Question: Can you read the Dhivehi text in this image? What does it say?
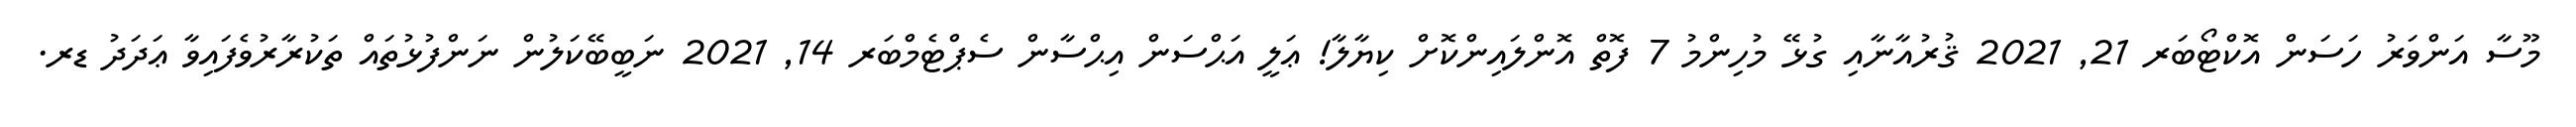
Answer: މޫސާ އަންވަރު ހަސަން އޮކްޓޯބަރ 21, 2021 ޤުރުއާނާއި ގުޅޭ މުހިންމު 7 ފޮތް އޮންލައިންކޮށް ކިޔާލާ! ޢަލީ އަޙްސަން އިޙްސާން ސެޕްޓެމްބަރ 14, 2021 ނަބީބޭކަލުން ނަންފުޅުތައް ތަކުރާރުވެފައިވާ ޢަދަދު ޑރ.